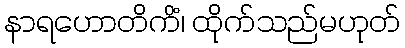
နာရဟောတိကိံ၊ ထိုက်သည်မဟုတ်